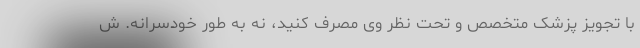
با تجویز پزشک متخصص و تحت نظر وی مصرف کنید، نه به طور خودسرانه. ش